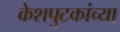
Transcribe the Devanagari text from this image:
केशपुटकांच्या